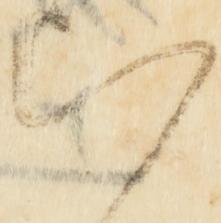
知